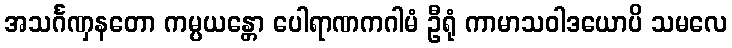
အသင်္ဂဏှနတော ကမ္ပယန္တော ပေါရာဏကဂါမံ ဦရုံ ကာမာသဝါဒယောပိ သမလေ